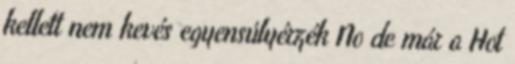
kellett nem kevés egyensúlyérzék No de már a Hot